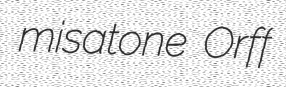
misatone Orff